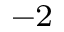
^ { - 2 }